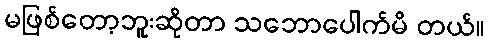
မဖြစ်တော့ဘူးဆိုတာ သဘောပေါက်မိ တယ်။